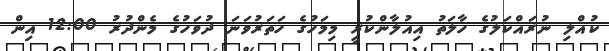
ކުއްލި ނުރައްކަލުގެ ހާލަތު އިއުލާންކުރީ މިމަހުގެ ހަަތަރުވަނަ ދުވަހުގެ މެންދުރު 12:00 އިން